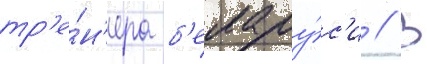
тр'е́н'ера б'елару́с'и // В